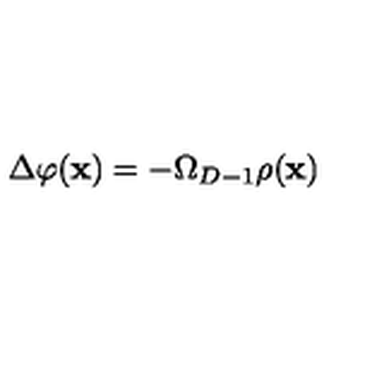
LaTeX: \Delta \varphi ( { \bf x } ) = - \Omega _ { D - 1 } \rho ( { \bf x } )